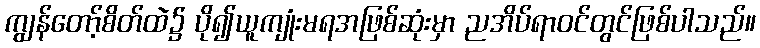
ကျွန်တော့်စိတ်ထဲ၌ ပို၍ယူကျုံးမရအဖြစ်ဆုံးမှာ ညအိပ်ရာဝင်တွင်ဖြစ်ပါသည်။